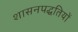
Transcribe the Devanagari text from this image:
शासनपद्धतियों